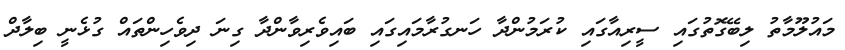
މައުލޫމާތު ލިބޭގޮތުގައި ސީރިއާގައި ކުރަމުންދާ ހަނގުރާމައިގައި ބައިވެރިވާންދާ ގިނަ ދިވެހިންތައް ގުޅެނީ ބިލާދް